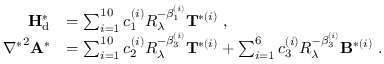
\begin{array} { r l } { { \mathbf { H } } _ { \mathrm { d } } ^ { * } } & { = \sum _ { i = 1 } ^ { 1 0 } c _ { 1 } ^ { ( i ) } R _ { \lambda } ^ { - \beta _ { 1 } ^ { ( i ) } } { \mathbf { T } } ^ { * ( i ) } \ , } \\ { { \nabla ^ { * } } ^ { 2 } { \mathbf { A } } ^ { * } } & { = \sum _ { i = 1 } ^ { 1 0 } c _ { 2 } ^ { ( i ) } R _ { \lambda } ^ { - \beta _ { 3 } ^ { ( i ) } } { \mathbf { T } } ^ { * ( i ) } + \sum _ { i = 1 } ^ { 6 } c _ { 3 } ^ { ( i ) } R _ { \lambda } ^ { - \beta _ { 3 } ^ { ( i ) } } { \mathbf { B } } ^ { * ( i ) } \ . } \end{array}